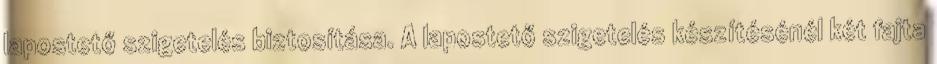
lapostető szigetelés biztosítása. A lapostető szigetelés készítésénél két fajta